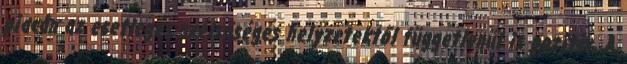
piacán az esetleges szélsőséges helyzetektől függetlenül is pozitív. A